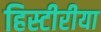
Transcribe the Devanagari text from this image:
हिस्टीरीया